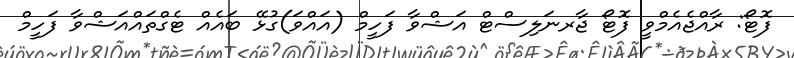
ފޮޓޯ: ރާއްޖެއެމްވީ ފޮޓޯ ޖާރނަލިސްޓް އަޝްވާ ފަހީމް (އައްވަ)ގުޅޭ ބައެއް ޓެގްތައްއަޝްވާ ފަހީމް